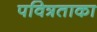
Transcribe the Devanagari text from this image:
पवित्रताका